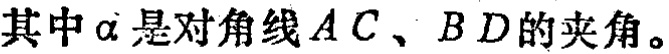
其中\(\alpha\)是对角线\(AC\)、\(BD\)的夹角。